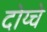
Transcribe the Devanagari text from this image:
दोय्चे